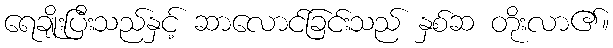
ရေချိုးပြီးသည်နှင့် ဆာလောင်ခြင်းသည် နှစ်ဆ တိုးလာ၏။